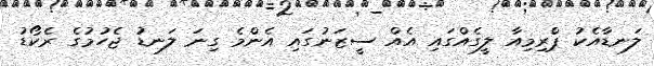
ލަނޑާއެކު ޕްރިމިއާ ލީގެއްގައި އެއް ސީޒަނުގައި އެންމެ ގިނަ ލަނޑު ޖެހުމުގެ ރެކޯޑު